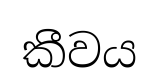
කීවය